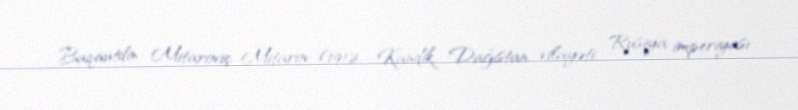
Baqautdin Mitaroviç Mitarov (1912, Kandik, Dağıstan vilayəti, Rusiya imperiyası